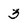
Character: 3